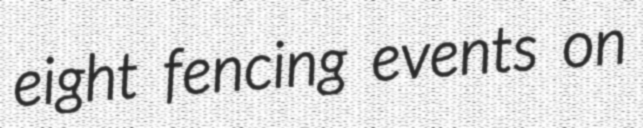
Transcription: eight fencing events on